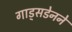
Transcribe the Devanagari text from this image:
गाड्सडेनने